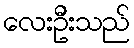
လေးဦးသည်